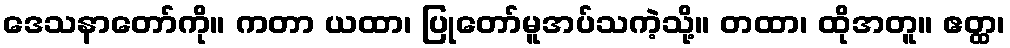
ဒေသနာတော်ကို။ ကတာ ယထာ၊ ပြုတော်မူအပ်သကဲ့သို့။ တထာ၊ ထိုအတူ။ ဧတ္ထ၊